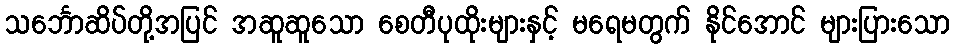
သင်္ဘောဆိပ်တို့အပြင် အဆူဆူသော စေတီပုထိုးများနှင့် မရေမတွက် နိုင်အောင် များပြားသော